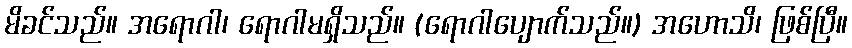
မိခင်သည်။ အရောဂါ၊ ရောဂါမရှိသည်။ (ရောဂါပျောက်သည်။) အဟောသိ၊ ဖြစ်ပြီ။